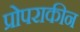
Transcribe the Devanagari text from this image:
प्रोपराकीन